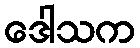
ဒေါသက